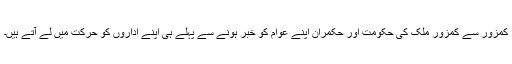
کمزور سے کمزور ملک کی حکومت اور حکمران اپنے عوام کو خبر ہونے سے پہلے ہی اپنے اداروں کو حرکت میں لے آتے ہیں۔